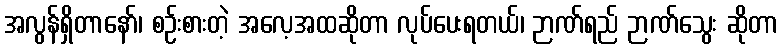
အလွန်ရှိတာနော်၊ စဉ်းစားတဲ့ အလေ့အထဆိုတာ လုပ်ပေးရတယ်၊ ဉာဏ်ရည် ဉာဏ်သွေး ဆိုတာ